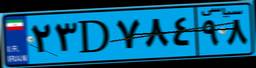
۶۷D۲۹۴۰۴